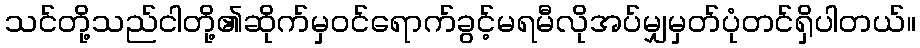
သင်တို့သည်ငါတို့၏ဆိုက်မှဝင်ရောက်ခွင့်မရမီလိုအပ်မျှမှတ်ပုံတင်ရှိပါတယ်။